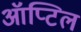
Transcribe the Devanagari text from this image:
ऑप्टिल